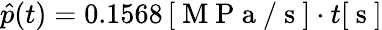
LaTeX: \hat{p}(t)=0.1568\, [\mathrm{~M~P~a~/~s~}]\cdot t[\mathrm{~s~}]